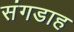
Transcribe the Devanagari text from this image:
संगडाह